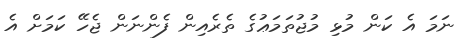
ނަމަ އެ ކަން މުޅި މުޖުތަމަޢުގެ ތެރެއިން ފެންނަން ޖެހޭ ކަމަށް އެ